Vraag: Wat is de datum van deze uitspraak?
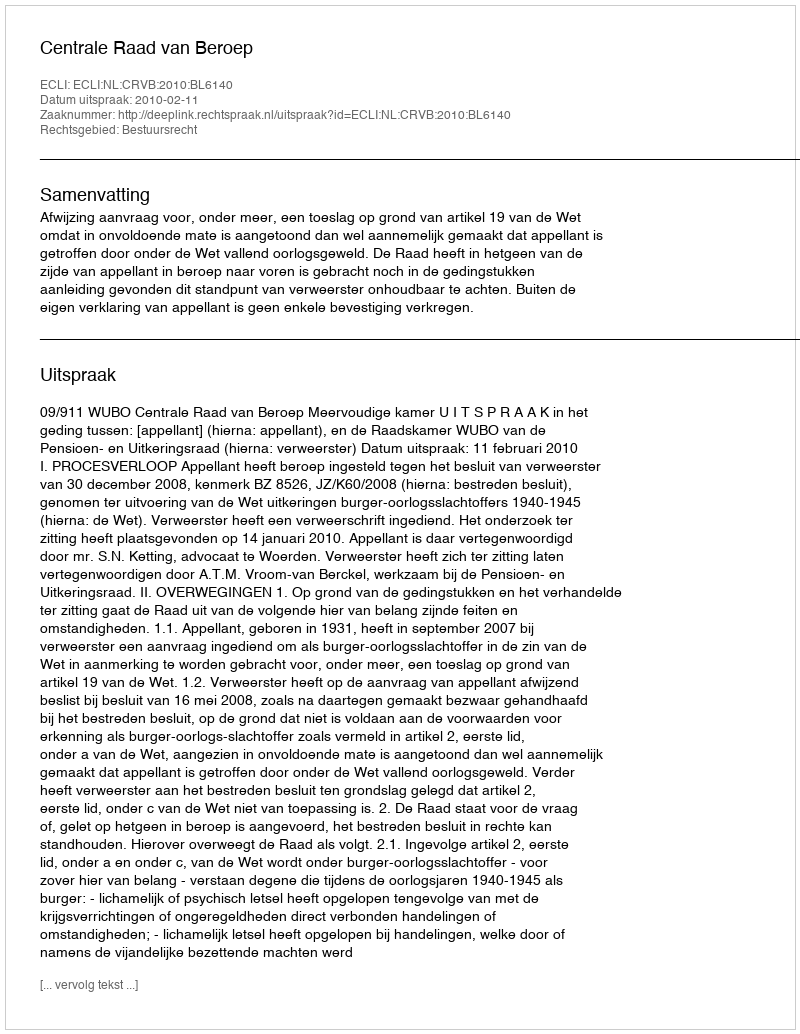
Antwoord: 2010-02-11